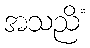
အသညိံ